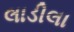
લાડીલા